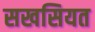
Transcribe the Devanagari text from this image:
सखसियत